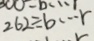
2 6 2 \div b \cdots r